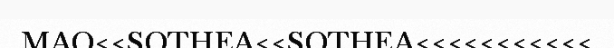
MAO<<SOTHEA<<SOTHEA<<<<<<<<<<<